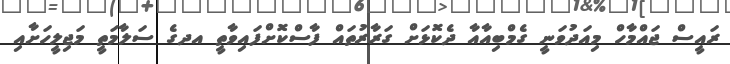
ރައީސް ޖައްމާހް މިއަދުވަނީ ގެމްބިއާއާ ދެކޮޅަށް ގަރާރުތައް ފާސްކޮށްފައިވާތީ އދގެ ސަލާމަތީ މަޖިލީހަށާއި